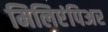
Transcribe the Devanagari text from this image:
मिलिएंपिअर